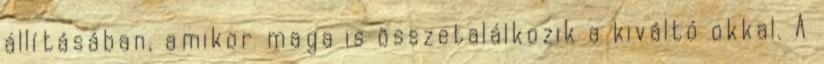
állításában, amikor maga is összetalálkozik a kiváltó okkal. A